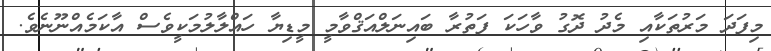
މިފަދަ މަރުތަކާއި މެދު ދޮގު ވާހަކަ ފަތުރާ ބައިނަލްއަޤްވާމީ މީޑިޔާ ހައްލާލުމަކީވެސް އާކަމެއްނޫނެވެ.